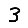
Digit: 3